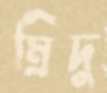
ম্রিদু